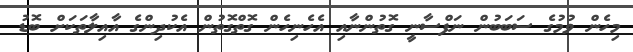
މިހެން ވުމުގެ ސަބަބުން ނަފްސާނީ ގޮތުންނާއި އެހެނިހެން ގޮތްގޮތުން އެކުދިންގެ އާއިލާތަކަށް ބޮޑު